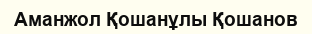
Аманжол Қошанұлы Қошанов